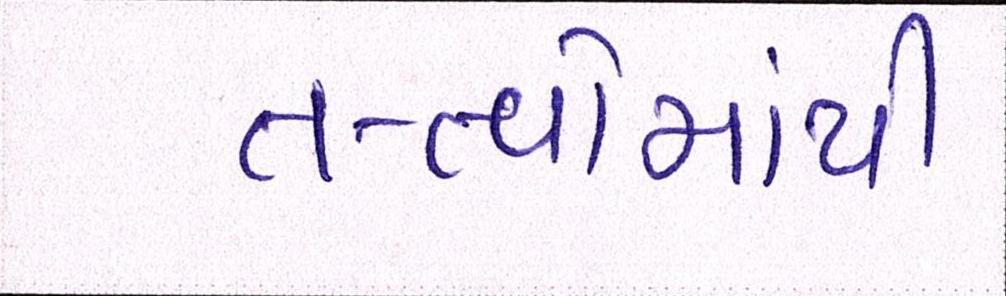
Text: તત્વોમાંથી